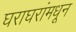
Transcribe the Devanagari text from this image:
घराघरांमधून